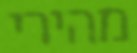
מהירי